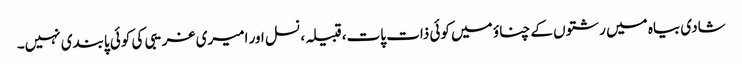
شادی بیاہ میں رشتوں کے چناؤ میں کوئی ذات پات، قبیلہ، نسل اور امیری غریبی کی کوئی پابندی نہیں۔